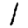
Digit: 1